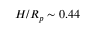
H / R _ { p } \sim 0 . 4 4